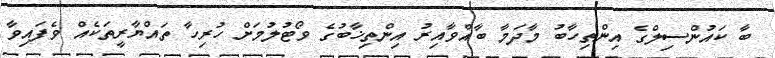
ބާ ކައުންސިލްގެ އިންތިހާބު މާދަމާ ބާއްވާއިރު އިންތިޚާބުގެ ވޯޓުލުމަށް ހުރިހާ ތައްޔާރީތަކެއް ވެފައިވާ